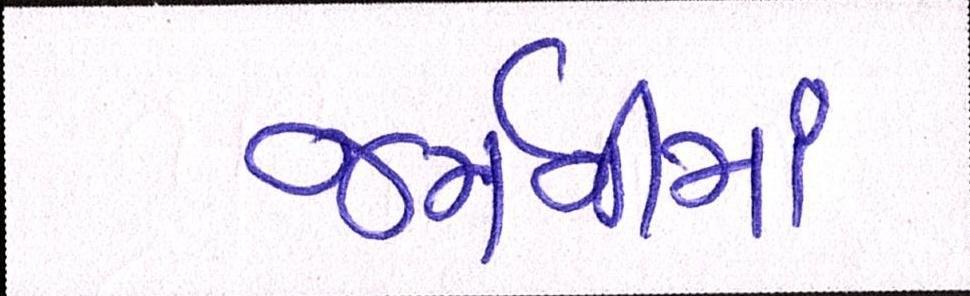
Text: જર્મનીમાં